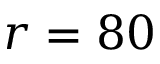
r = 8 0